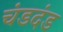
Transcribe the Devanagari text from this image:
चंडदंड